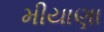
મીયાણા